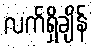
လက်ရှိချိန်